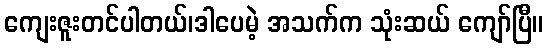
ကျေးဇူးတင်ပါတယ်၊ဒါပေမဲ့ အသက်က သုံးဆယ် ကျော်ပြီ။